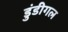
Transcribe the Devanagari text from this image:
डुंडीगल